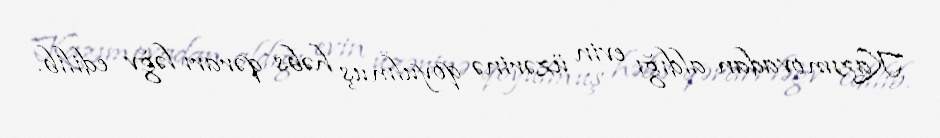
Kazımovadan aldığı evin üzərinə qoyulmuş həbs qərarı ləğv edilib.